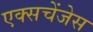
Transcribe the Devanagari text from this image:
एक्सचेंजेस